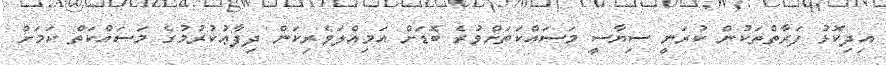
އިދިކޮޅު ފަރާތްތަކުން ކުރަނީ ސިޔާސީ މަސައްކަތަށްވުރެ ބޮޑަށް އަމިއްލަވެރިކަން ދިފާޢުކުރުމުގެ މަސައްކަތް ކަމަށް